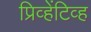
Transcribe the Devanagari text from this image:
प्रिव्हेंटिव्ह